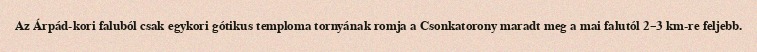
Az Árpád-kori faluból csak egykori gótikus temploma tornyának romja a Csonkatorony maradt meg a mai falutól 2–3 km-re feljebb.